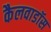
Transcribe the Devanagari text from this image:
कैलवाडॉस